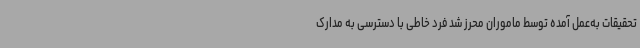
تحقیقات به‌عمل آمده توسط ماموران محرز شد فرد خاطی با دسترسی به مدارک